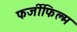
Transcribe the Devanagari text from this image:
फर्जीफिल्म